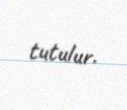
tutulur.